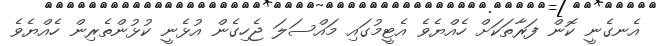
އެނގެނީ ކޮން ފަރާތަކަށް ހެއްޔެވެ އެޓީމުގައި މައްސަލަ ޖެހިގެން އުޅެނީ ކުޅުންތެރިން ހެއްޔެވެ